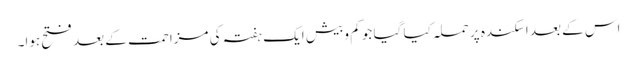
اس کے بعد اسکندہ پر حملہ کیا گیا جو کم و بیش ایک ہفتہ کی مزاحمت کے بعد فتح ہوا۔